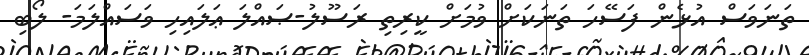
ތަނަވަސް އުޅެން ފަސޭހަ ތަނަކަށް ވުމަށް ކީރިތި ރަސޫލު-ޞައްލަ ޢަލައިހި ވަސައްލަމަ- ލޯބި